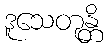
ဒူသေတုန္တိ